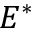
E ^ { \ast }